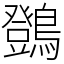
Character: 䳾